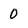
Character: 0